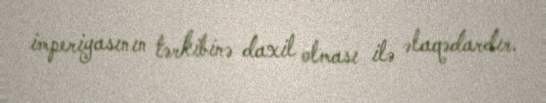
imperiyasının tərkibinə daxil olması ilə əlaqədardır.